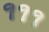
૧૧૧